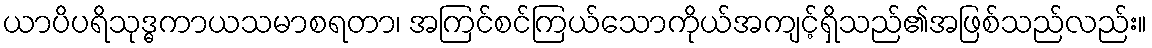
ယာပိပရိသုဒ္ဓကာယသမာစရတာ၊ အကြင်စင်ကြယ်သောကိုယ်အကျင့်ရှိသည်၏အဖြစ်သည်လည်း။